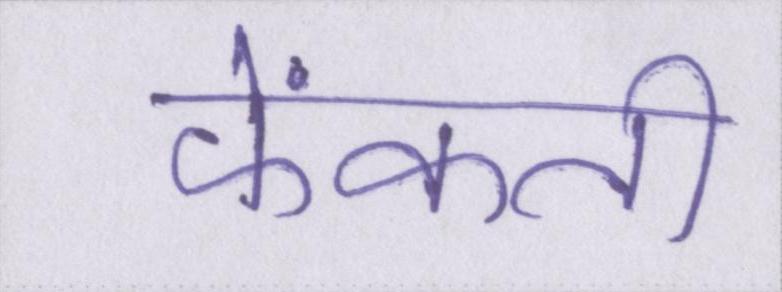
फेंकती